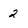
Character: 2